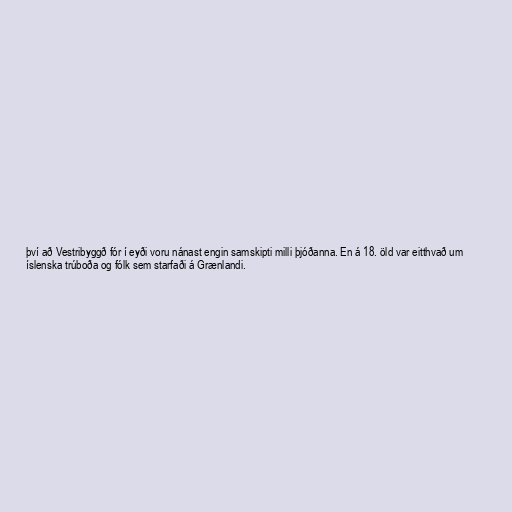
því að Vestribyggð fór í eyði voru nánast engin samskipti milli þjóðanna. En á 18. öld var eitthvað um
íslenska trúboða og fólk sem starfaði á Grænlandi.